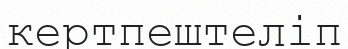
кертпештеліп